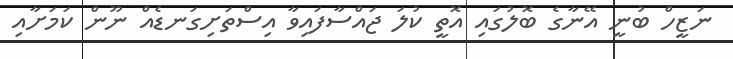
ނަޒީހް ބުނީ އޭނާގެ ބޮލުގައި އޮތީ ކުލަ ޖައްސާފައިވާ އިސްތަށިގަނޑެއް ނޫން ކަމަށާއި